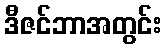
ဒီဇင်ဘာအတွင်း